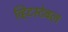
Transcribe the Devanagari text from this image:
व्हिटस्टेबल